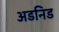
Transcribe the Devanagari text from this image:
अडनिड